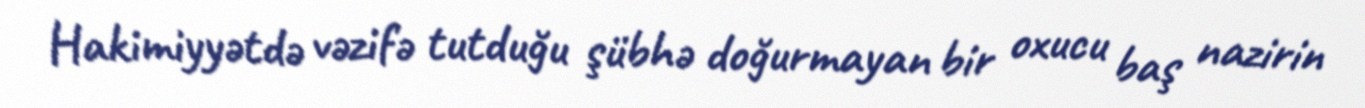
Hakimiyyətdə vəzifə tutduğu şübhə doğurmayan bir oxucu baş nazirin